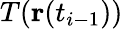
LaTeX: T(\mathbf{r}(t_{i-1}))